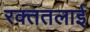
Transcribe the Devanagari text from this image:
रक्‍ततलाई